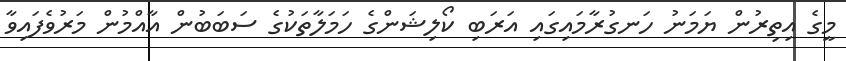
މީގެ އިތިރުން ޔަމަނު ހަނގުރާމައިގައި އަރަބި ކޯލިޝަންގެ ހަމަލާތަކުގެ ސަބަބުން އާއްމުން މަރުވެފައިވާ